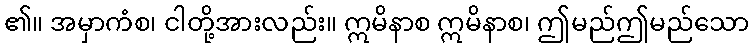
၏။ အမှာကံစ၊ ငါတို့အားလည်း။ ဣမိနာစ ဣမိနာစ၊ ဤမည်ဤမည်သော